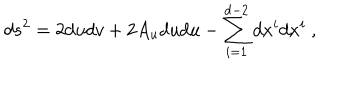
LaTeX: d s ^ { 2 } = 2 d u d v + 2 A _ { u } d u d u - \sum _ { i = 1 } ^ { d - 2 } d x ^ { i } d x ^ { i } \ ,